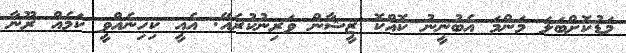
މަޑުކޮށްބަލަ މަންމަ އެބުނީނު ކޮއްކޮ ޒީޝާން ވަރިނުކުރެއޭ. އެއީ ކިހިނެއްވީ ކަމެއް ރޫނާ